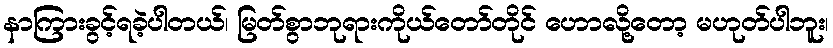
နာကြားခွင့်ရခဲ့ပါတယ်၊ မြတ်စွာဘုရားကိုယ်တော်တိုင် ဟောလို့တော့ မဟုတ်ပါဘူး၊